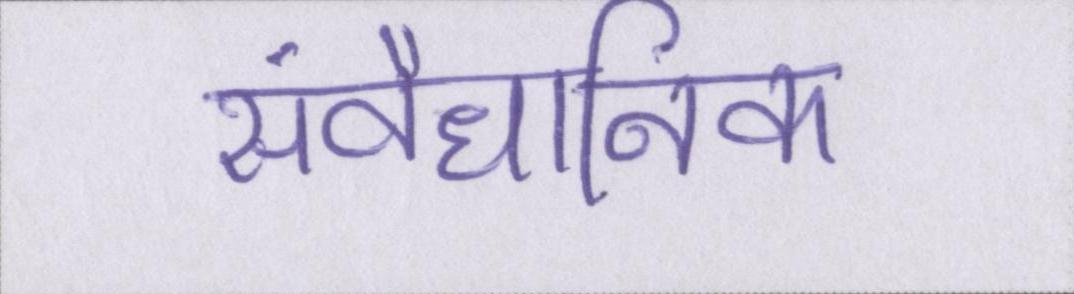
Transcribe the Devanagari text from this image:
संवैधानिक